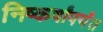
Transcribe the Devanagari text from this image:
निष्कर्षांपर्यंत